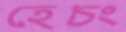
হেচং